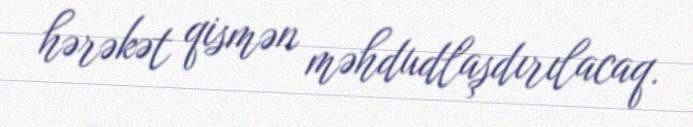
hərəkət qismən məhdudlaşdırılacaq.